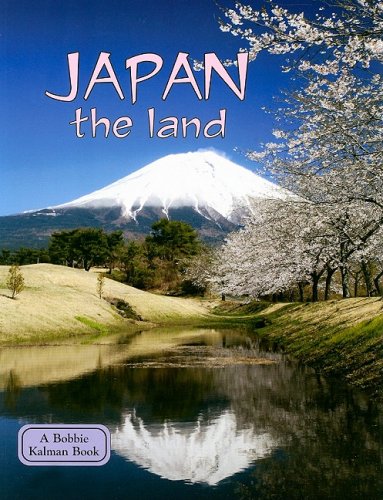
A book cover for Japan the Land (Lands, Peoples, & Cultures); Bobbie Kalman; Children's Books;